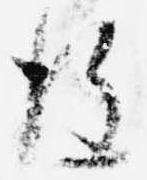
後